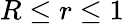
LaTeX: R\leq r\leq 1